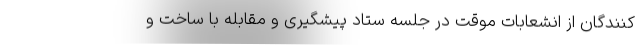
کنندگان از انشعابات موقت در جلسه ستاد پیشگیری و مقابله با ساخت و